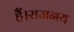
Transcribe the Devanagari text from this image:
हैं।राजनय